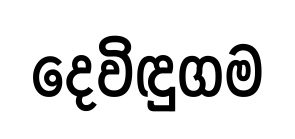
දෙවිඳුගම